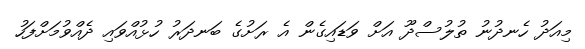
މިއަދު ހެނދުނު ތުލުސްދޫ އަށް ވަޑައިގެން އެ ރަށުގެ ބަނދަރު ހުޅުއްވައި ދެއްވުމަށްފަހު